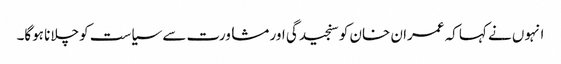
انہوں نے کہا کہ عمران خان کو سنجیدگی اور مشاورت سے سیاست کو چلانا ہوگا۔